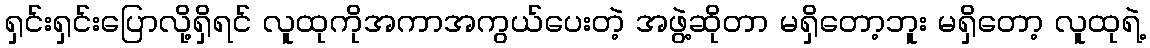
ရှင်းရှင်းပြောလို့ရှိရင် လူထုကိုအကာအကွယ်ပေးတဲ့ အဖွဲ့ဆိုတာ မရှိတော့ဘူး မရှိတော့ လူထုရဲ့